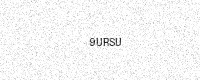
Text: 9URSU